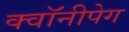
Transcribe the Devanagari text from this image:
क्वॉनीपेग